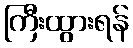
ကြီးထွားရန်